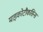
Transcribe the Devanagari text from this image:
माइकोटौकसिन्स